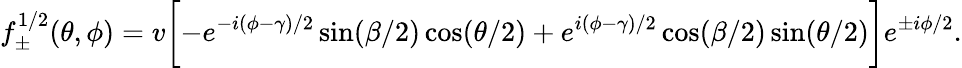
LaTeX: f_{\pm}^{1/2}(\theta,\phi)=v\biggl[-e^{-i(\phi-\gamma)/2}\sin(\beta/2)\cos(\theta/2)+e^{i(\phi-\gamma)/2}\cos(\beta/2)\sin(\theta/2)\biggr]e^{\pm i\phi/2}.